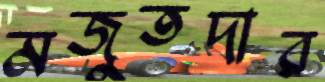
মজুতদার